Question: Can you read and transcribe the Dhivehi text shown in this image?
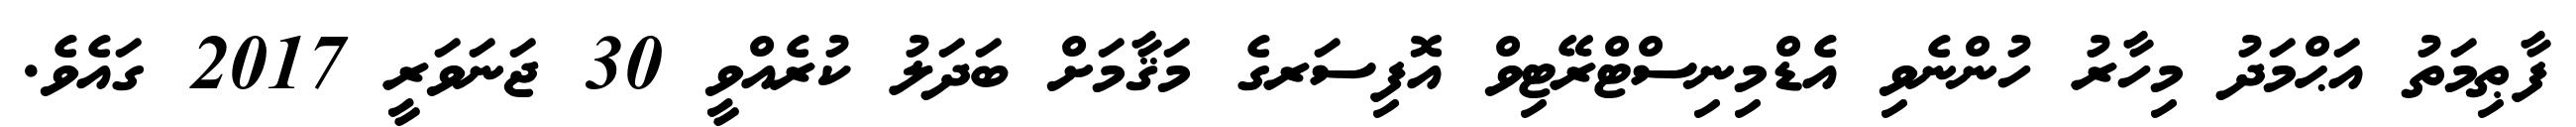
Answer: ފާޠިމަތު އަޙްމަދު މިހާރު ހުންނެވި އެޑްމިނިސްޓްރޭޓިވް އޮފިސަރގެ މަޤާމަށް ބަދަލު ކުރެއްވީ 30 ޖަނަވަރީ 2017 ގައެވެ.